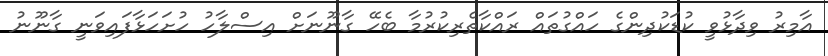
އާމިރު ވިދާޅުވީ ކުޑަކުދިންގެ ހައްގުތައް ރައްކާތެރިކުރުމާ ބެހޭ ގާނޫނަށް އިސްލާހު ހުށަހަޅާފައިވަނީ ގާނޫނު